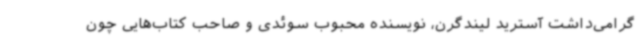
گرامی‌داشت آسترید لیندگرن، نویسنده محبوب سوئدی و صاحب کتاب‌هایی چون